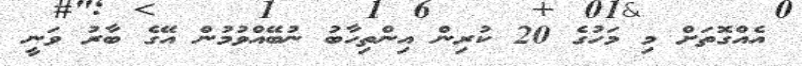
އެއްގޮތަށް މި މަހުގެ 20 ކުރިން އިންތިހާބު ނުބޭއްވުމުން އޭގެ ބާރު ވަނީ